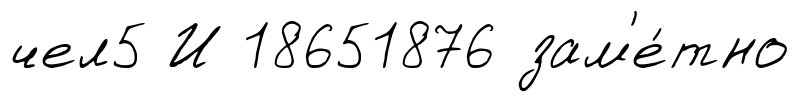
чел5 И 18651876 зам'е́тно